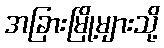
အခြားမြို့များသို့